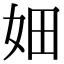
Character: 㚼